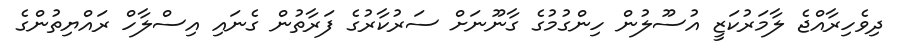
ދިވެހިރާއްޖެ ލާމަރުކަޒީ އުސޫލުން ހިންގުމުގެ ގާނޫނަށް ސަރުކާރުގެ ފަރާތުން ގެނައި އިސްލާހް ރައްޔިތުންގެ